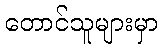
တောင်သူများမှာ